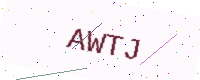
Text: AWTJ